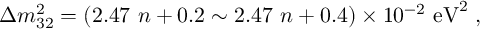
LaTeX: \Delta m _ { 3 2 } ^ { 2 } = ( 2 . 4 7 \ n + 0 . 2 \sim 2 . 4 7 \ n + 0 . 4 ) \times 1 0 ^ { - 2 } \ \mathrm { e V } ^ { 2 } \; ,